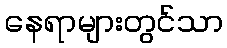
နေရာများတွင်သာ